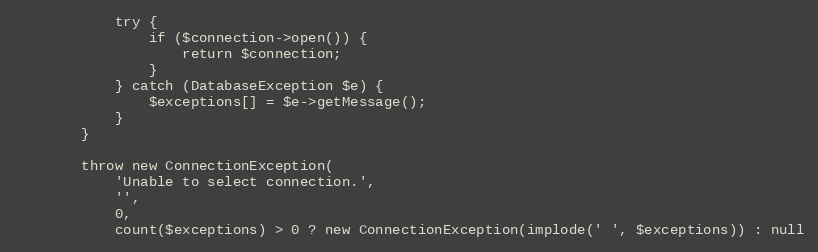
Language: PHP
            try {
                if ($connection->open()) {
                    return $connection;
                }
            } catch (DatabaseException $e) {
                $exceptions[] = $e->getMessage();
            }
        }

        throw new ConnectionException(
            'Unable to select connection.',
            '',
            0,
            count($exceptions) > 0 ? new ConnectionException(implode(' ', $exceptions)) : null